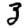
Digit: 3